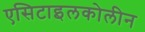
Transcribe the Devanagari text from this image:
एसिटाइलकोलीन